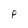
Character: P